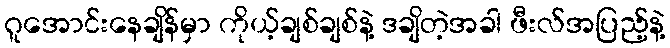
ဂူအောင်းနေချိန်မှာ ကိုယ့်ချစ်ချစ်နဲ့ ဒချိတဲ့အခါ ဖီးလ်အပြည့်နဲ့